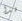
هذا